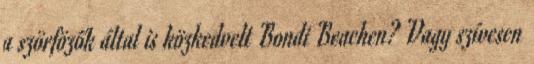
a szörfözők által is közkedvelt Bondi Beachen? Vagy szívesen